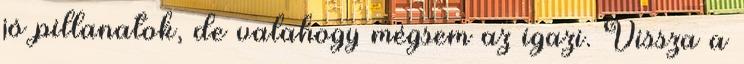
jó pillanatok, de valahogy mégsem az igazi. Vissza a